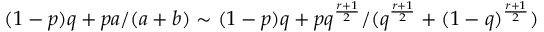
( 1 - p ) q + p a / ( a + b ) \sim ( 1 - p ) q + p q ^ { \frac { r + 1 } { 2 } } / ( q ^ { \frac { r + 1 } { 2 } } + ( 1 - q ) ^ { \frac { r + 1 } { 2 } } )